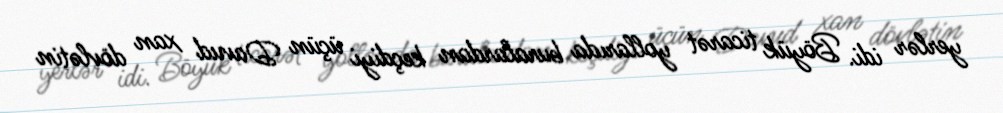
yerlər idi. Böyük ticarət yollarıda buralardan keçdiyi üçün Davud xan dövlətin